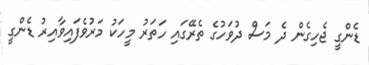
ޑެންގީ ޖެހިގެން ދެ މަސް ދުވަހުގެ ތެރޭގައި ހަތަރު މީހަކު މަރުވެފައިވާއިރު ޑެންގީ